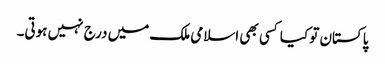
پاکستان تو کیا کسی بھی اسلامی ملک میں درج نہیں ہوتی۔